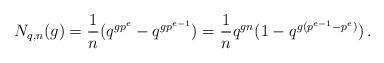
LaTeX: \begin{align*} N_{q,n}(g) ={\textstyle\dfrac{1}{n}(q^{g p^e}- q^{g p^{e-1}})= {\textstyle\dfrac{1}{n}}q^{gn}(1-q^{g(p^{e-1} -p^e)})} \, . \end{align*}